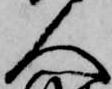
人